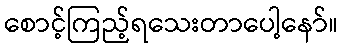
စောင့်ကြည့်ရသေးတာပေါ့နော်။